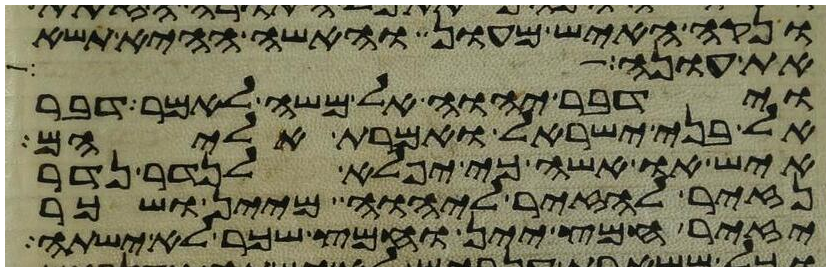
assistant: ונקה האיש מעון והאשה ההיא תשא
את עונה
וידבר יהוה אל משה לאמר דבר
אל בני ישראל ואמרת אליהם
איש או אשה כי יפלא לנדר נדר
נזיר להזיר ליהוה מיין ושכר
יזיר חמץ יין וחמץ שכר לא ישתה